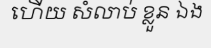
ហើយ សំលាប់ ខ្លួន ឯង